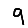
Digit: 9